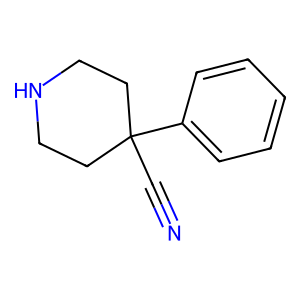
SMILES: N#CC1(c2ccccc2)CCNCC1
Inhibits HIV replication: No